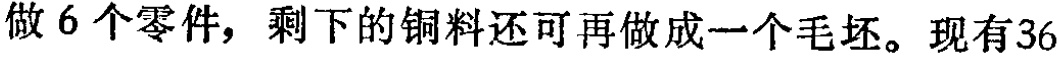
做6个零件，剩下的铜料还可再做成一个毛坯。现有36